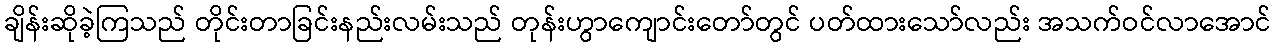
ချိန်းဆိုခဲ့ကြသည် တိုင်းတာခြင်းနည်းလမ်းသည် တုန်းဟွာကျောင်းတော်တွင် ပတ်ထားသော်လည်း အသက်ဝင်လာအောင်